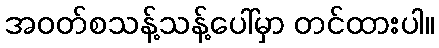
အဝတ်စသန့်သန့်ပေါ်မှာ တင်ထားပါ။